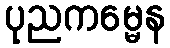
ပုညကမ္မေန